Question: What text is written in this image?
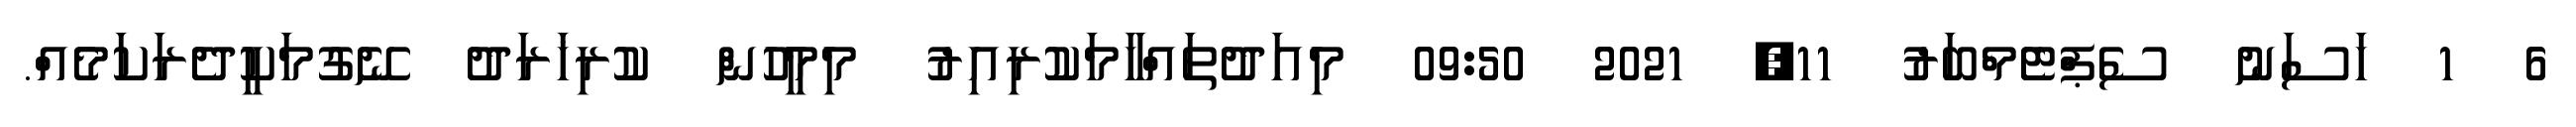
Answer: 6 1 ހަސަނު ސެޕްޓެމްބަރު 11, 2021 09:50 މިއަދުތައްހާމަކުރިއިރު މިމީހުން ކުރިޚަރަދު ނޭގުމަކީދެރަކަމެއް.